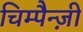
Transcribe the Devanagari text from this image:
चिम्पैन्ज़ी